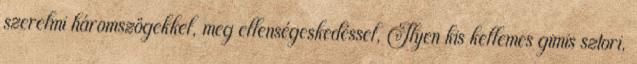
szerelmi háromszögekkel, meg ellenségeskedéssel, Ilyen kis kellemes gimis sztori,